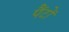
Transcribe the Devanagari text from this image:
पैंटों